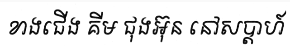
ខាងជើង គីម ជុងអ៊ុន នៅសប្តាហ៍